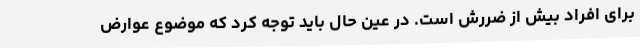
برای افراد بیش از ضررش است. در عین حال باید توجه کرد که موضوع عوارض